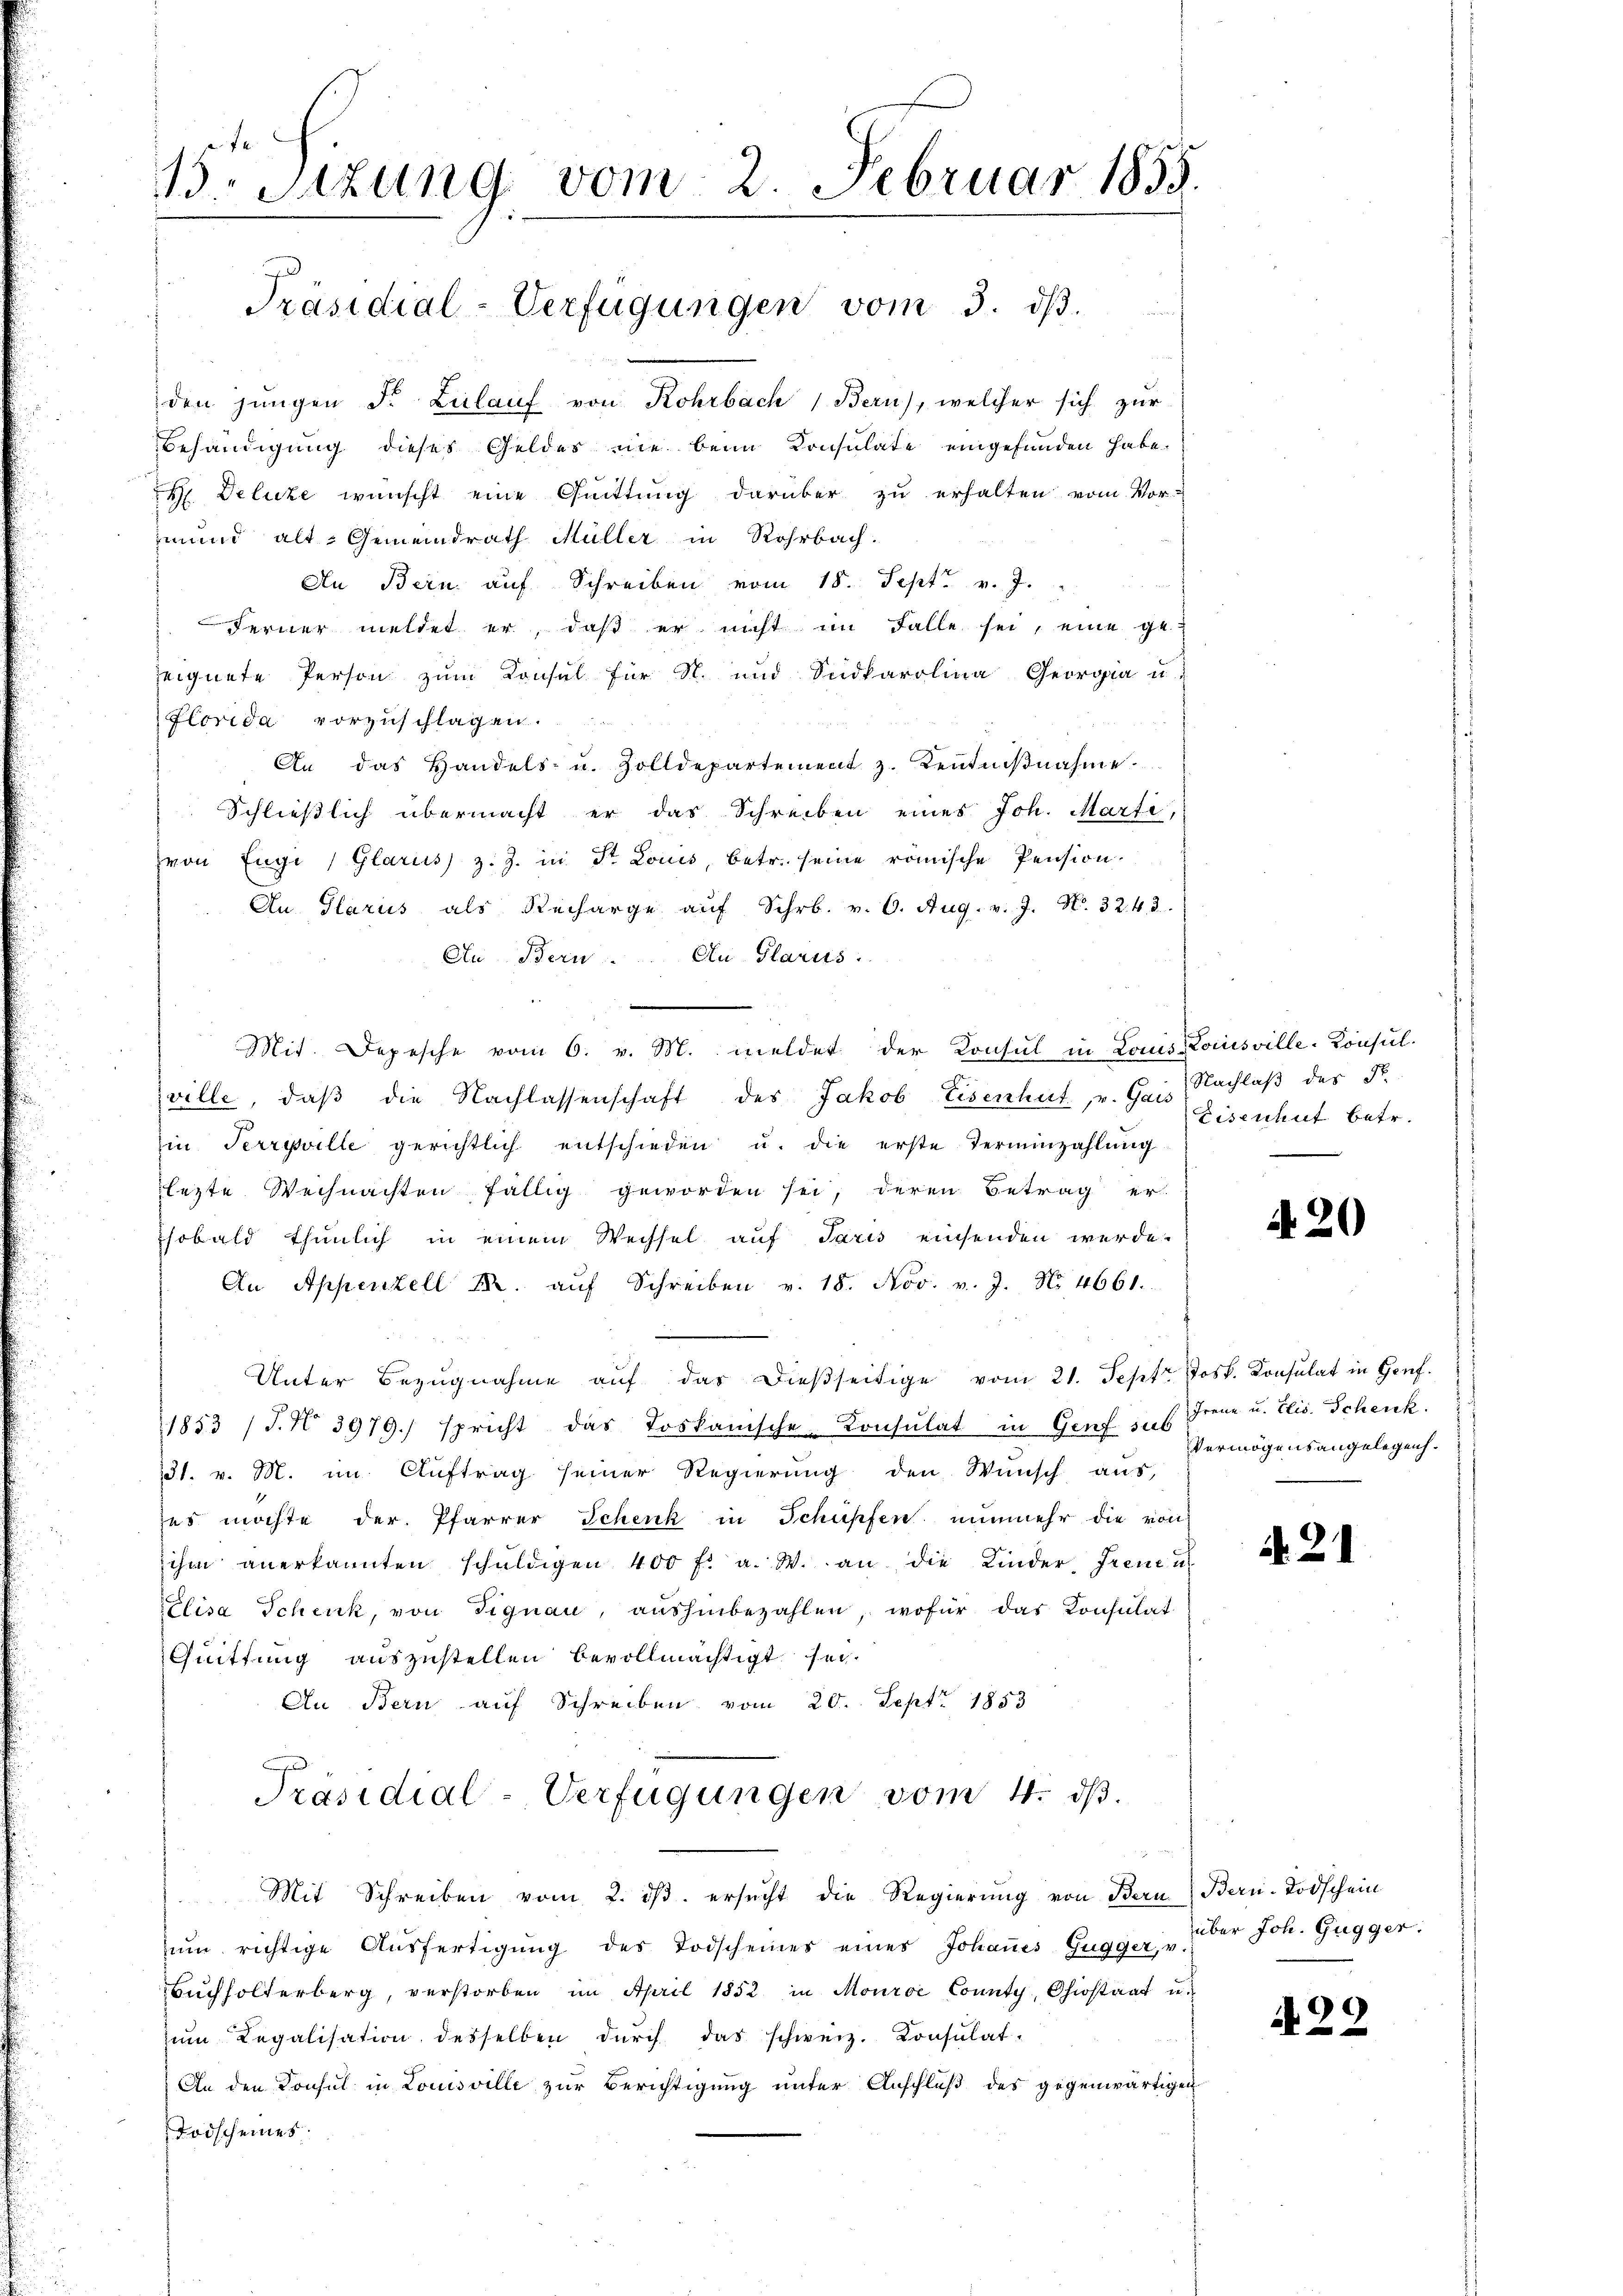
15. Sitzung vom 2. Februar 1855.

Präsidial-Verfügungen vom 3. dβ.

den jungen d. Zulauf von Rohrbach Bern), welcher sich zur
Behändigung dieses Geldes nie beim Konsulate eingefunden habe.
H Delute wünscht eine Quittung darüber zu erhalten vom Vor-
mund alt. Gemeindrath Müller in Rohrbach.
An Bern auf Schreiben vom 18. Sept. v. J.
Ferner meldet er, daß er nicht im Falle sei, eine ge-
eignete Person zum Konsul für N. und Südkarolina Georgia u.
Florida vorzuschlagen.
An das Handels- u. Zolldepartement z. Kenntniβnahme
Schließlich übermacht er das Schreiben eines Joh. Marfe,
von Engi (Glarus z. Z. in St. Louis, betr. seine römische Pension,
An Glarus als Recharge aŭf Schr. v. 6. Aug. v. J. N. 32. 43.
Au Bern. Cu Glarus.
Mit. Depesche vom 6. v. M. meldet der Konsul in Louis Louisville-Konsulsville, daβ die Nachlassenschaft des Jakob Eisenhut, v. Gais
in Terreville gerichtlich entschieden u. die erste Terminzahlŭng
lezte Weihnachten fällig geworden sei, deren Betrag er-
sobald thunlich in einem Wechsel auf Taris einsenden werde.
An Appenzell M. aŭf Schreiben v. 18. Nov. v. J. No. 4661.
Unter Bezŭgnahme aŭf das dießseitige vom 21. Sept. Jos. Konsulat in Genf.
1853 /J. No. 3979.) spricht das Loskanische Konsulat in Genf u. s. Frene u. Elis. Schenk.
31. v. M. im Auftrag seiner Regierung den Wunsch aus,
ses möchte der Pfarrer Schenk in Schüpfen nunmehr die von
ihm anerkannten schŭldigen 400 fl. a. W. an die Kinder, Freue u
Elisa Schenk, von Signau, aŭshinbezahlen, wofür das Konsulat
Quittung auszustellen bevollmächtigt sei.
An Bern auf Schreiben vom 20. Sept. 1853
Präsidial-Verfügungen vom 4. ds.
Mit Schreiben vom 2. dβ. ersŭcht die Regierŭng von Bern Bern-Todschein
zum richtige Ausfertigung des Todscheines eines Johannes Gugger, v
Bŭchholterberg, verstorben im April 1852 in Mouroe County, Chiostaat u.
zŭm Regalisation desselben dŭrch das schweiz. Konsulat-
An den Konsul in Louisville zur Berichtigung unter Anschluß des gegenwärtigen
Todscheines

Nachlaß des R
Eisenhut betr.

420

Vermögensangelegen.

A. 21

über Joh. Gugger.

A 29